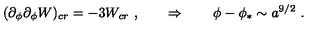
( \partial _ { \phi } \partial _ { \phi } W ) _ { c r } = - 3 W _ { c r } \ , \qquad \Rightarrow \qquad \phi - \phi _ { * } \sim a ^ { 9 / 2 } \ .